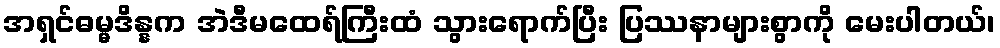
အရှင်ဓမ္မဒိန္နက အဲဒီမထေရ်ကြီးထံ သွားရောက်ပြီး ပြဿနာများစွာကို မေးပါတယ်၊